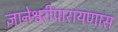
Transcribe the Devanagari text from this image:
ज्ञानेश्वरीपारायणास